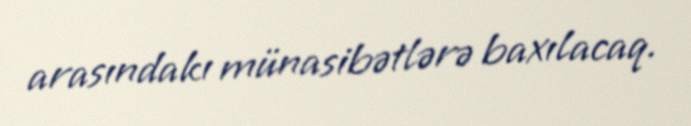
arasındakı münasibətlərə baxılacaq.